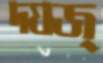
দযজ্